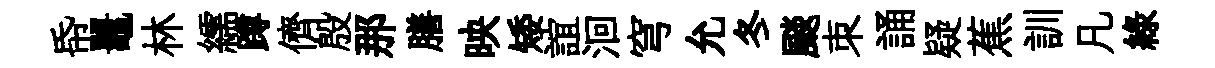
帋鼉林繻蹲儕殷那膳映矮誼洄穹允冬颷朿誦疑蕉訓凡緑